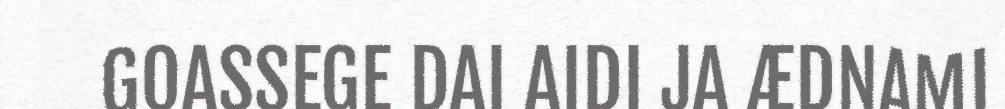
GOASSEGE DAI AIDI JA ÆDNAMI